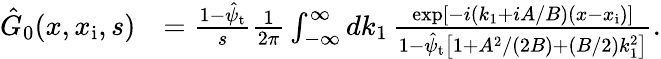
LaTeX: \begin{array}{rl}{\hat{G}_{0}(x,x_{\mathrm{i}},s)}&{=\frac{1-\hat{\psi}_{\mathrm{t}}}{s}\frac{1}{2\pi}\int_{-\infty}^{\infty}dk_{1}\, \frac{\exp[-i(k_{1}+iA/B)(x-x_{\mathrm{i}})]}{1-\hat{\psi}_{\mathrm{t}}\left[1+A^{2}/(2B)+(B/2)k_{1}^{2}\right]}.}\end{array}